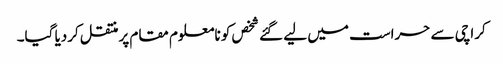
کراچی سے حراست میں لیے گئے شخص کو نامعلوم مقام پرمنتقل کردیا گیا۔